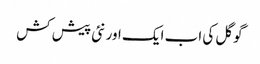
گوگل کی اب ایک اور نئی پیش کش